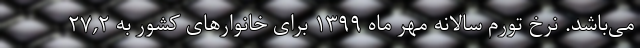
می‌باشد. نرخ تورم سالانه مهر ماه ١٣٩٩ برای خانوارهای کشور به ٢٧,٢